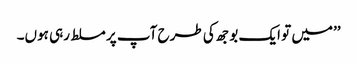
’’میں تو ایک بوجھ کی طرح آپ پر مسلط رہی ہوں۔